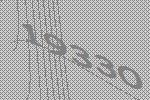
19330